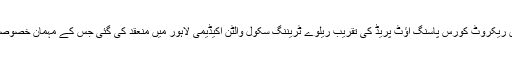
09 جون2018ء) پاکستان ریلوے پولیس کے 64ویں ریکروٹ کورس پاسنگ آؤٹ پریڈ کی تقریب ریلوے ٹریننگ سکول والٹن اکیڈیمی لاہور میں منعقد کی گئی جس کے مہمان خصوصی سیکرٹری /چیئرمین ریلویز محمد جاوید انور تھے۔